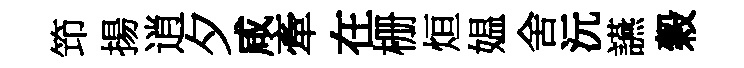
笻揚逍夕咸牽在栅烜媪舍沅讌穀